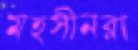
মহসীনরা